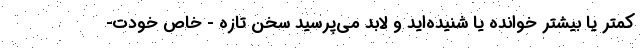
کمتر یا بیشتر خوانده یا شنیده‌اید و لابد می‌پرسید سخن تازه - خاص خودت-